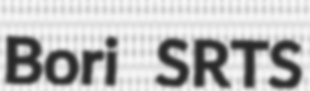
Bori SRTS